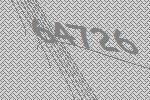
64726